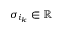
\sigma _ { i _ { k } } \in \mathbb { R }